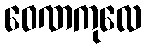
ဝေဏကုလေ